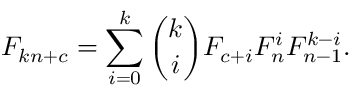
F _ { k n + c } = \sum _ { i = 0 } ^ { k } { \binom { k } { i } } F _ { c + i } F _ { n } ^ { i } F _ { n - 1 } ^ { k - i } .